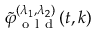
\tilde { \varphi } _ { \mathrm { ~ o ~ l ~ d ~ } } ^ { ( \lambda _ { 1 } , \lambda _ { 2 } ) } ( t , k )